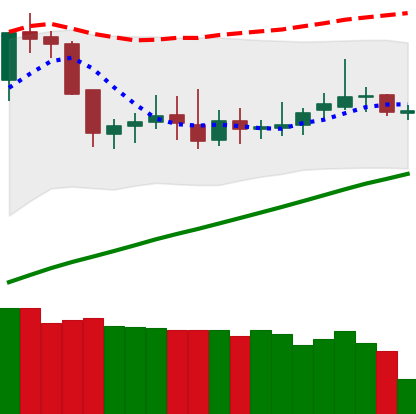
Ticker: DOGE-USD
Chart end date: 2019-06-19
Forward return: 7.604%
Label: up_7plus